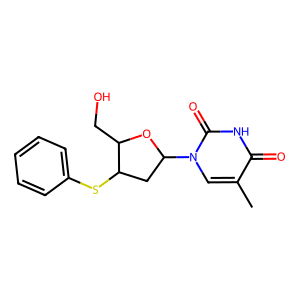
SMILES: Cc1cn(C2CC(Sc3ccccc3)C(CO)O2)c(=O)[nH]c1=O
Inhibits HIV replication: No